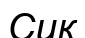
Сик